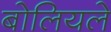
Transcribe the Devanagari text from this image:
बोलियले